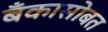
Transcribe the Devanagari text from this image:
बँकासोबत